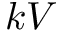
k V